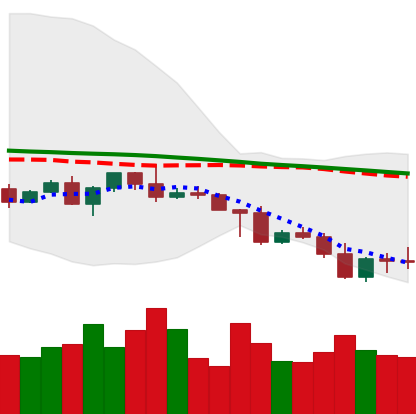
Ticker: NEO-USD
Chart end date: 2022-05-03
Forward return: -9.626%
Label: down_7plus